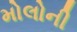
મોલોની